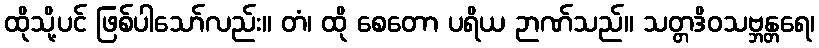
ထိုသို့ပင် ဖြစ်ပါသော်လည်း။ တံ၊ ထို စေတော ပရိယ ဉာဏ်သည်။ သတ္တဒိဝသဗ္ဘန္တရေ၊